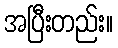
အပြီးတည်း။